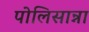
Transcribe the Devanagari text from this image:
पोलिसान्ना